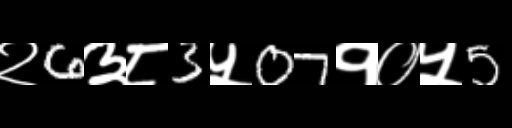
Text: २6३८3५07१०५5